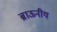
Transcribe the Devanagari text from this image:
ब्राऊनीय